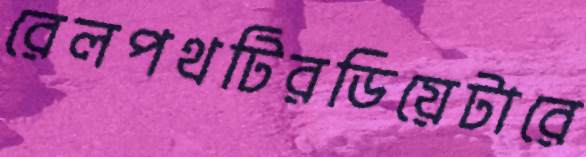
রেলপথটিরডিয়েটারে